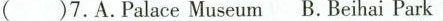
( )7.A.PalaceMuseum B.Beihai Park